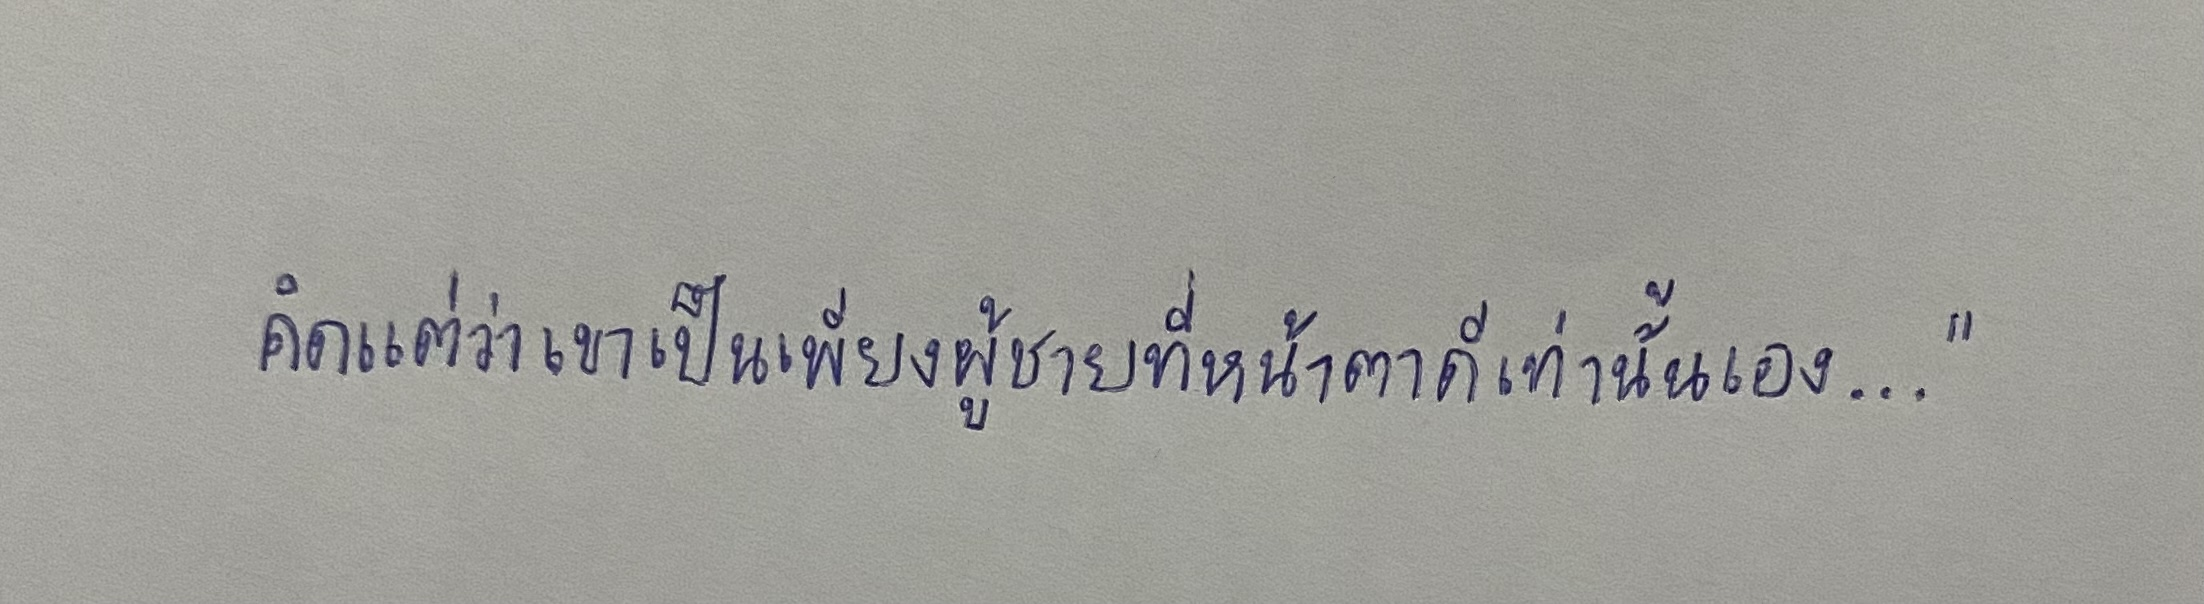
คิดแต่ว่าเขาเป็นเพียงผู้ชายที่หน้าตาดีเท่านั้นเอง..."